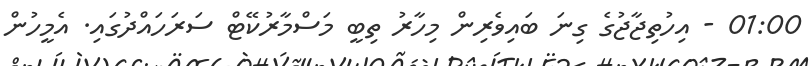
01:00 - އިހުތިޖާޖުގެ ގިނަ ބައިވެރިން މިހާރު ތިބީ މަސްމާރުކޭޓް ސަރަހައްދުގައި. އެމީހުން